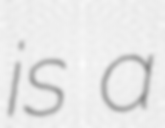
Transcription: is a